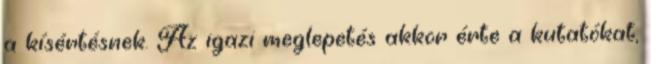
a kísértésnek. Az igazi meglepetés akkor érte a kutatókat,